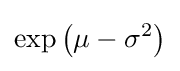
\exp \left(\mu -\sigma ^{2}\right)